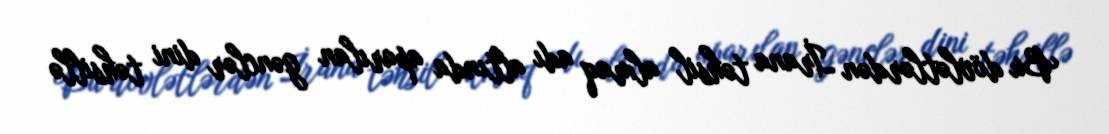
Bu dövlətlərdən İrana təhsil almaq adı altında aparılan gənclər dini təhsillə